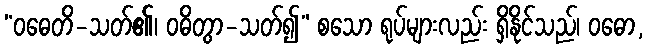
“ဝဓေတိ-သတ်၏၊ ဝဓိတွာ-သတ်၍” စသော ရုပ်များလည်း ရှိနိုင်သည်၊ ဝဓော,